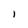
Character: 1